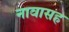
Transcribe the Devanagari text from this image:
नावासह